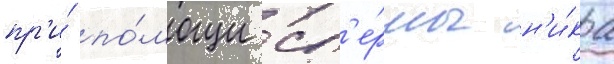
пр'и́ по́мощи сп'е́рмы н'и́ка